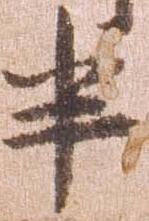
半